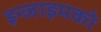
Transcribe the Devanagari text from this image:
इन्जाइमको